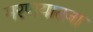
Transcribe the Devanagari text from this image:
मरणयातना